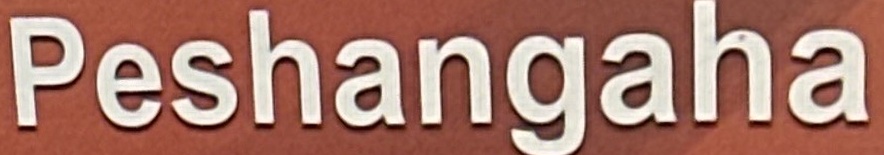
Peshangaha